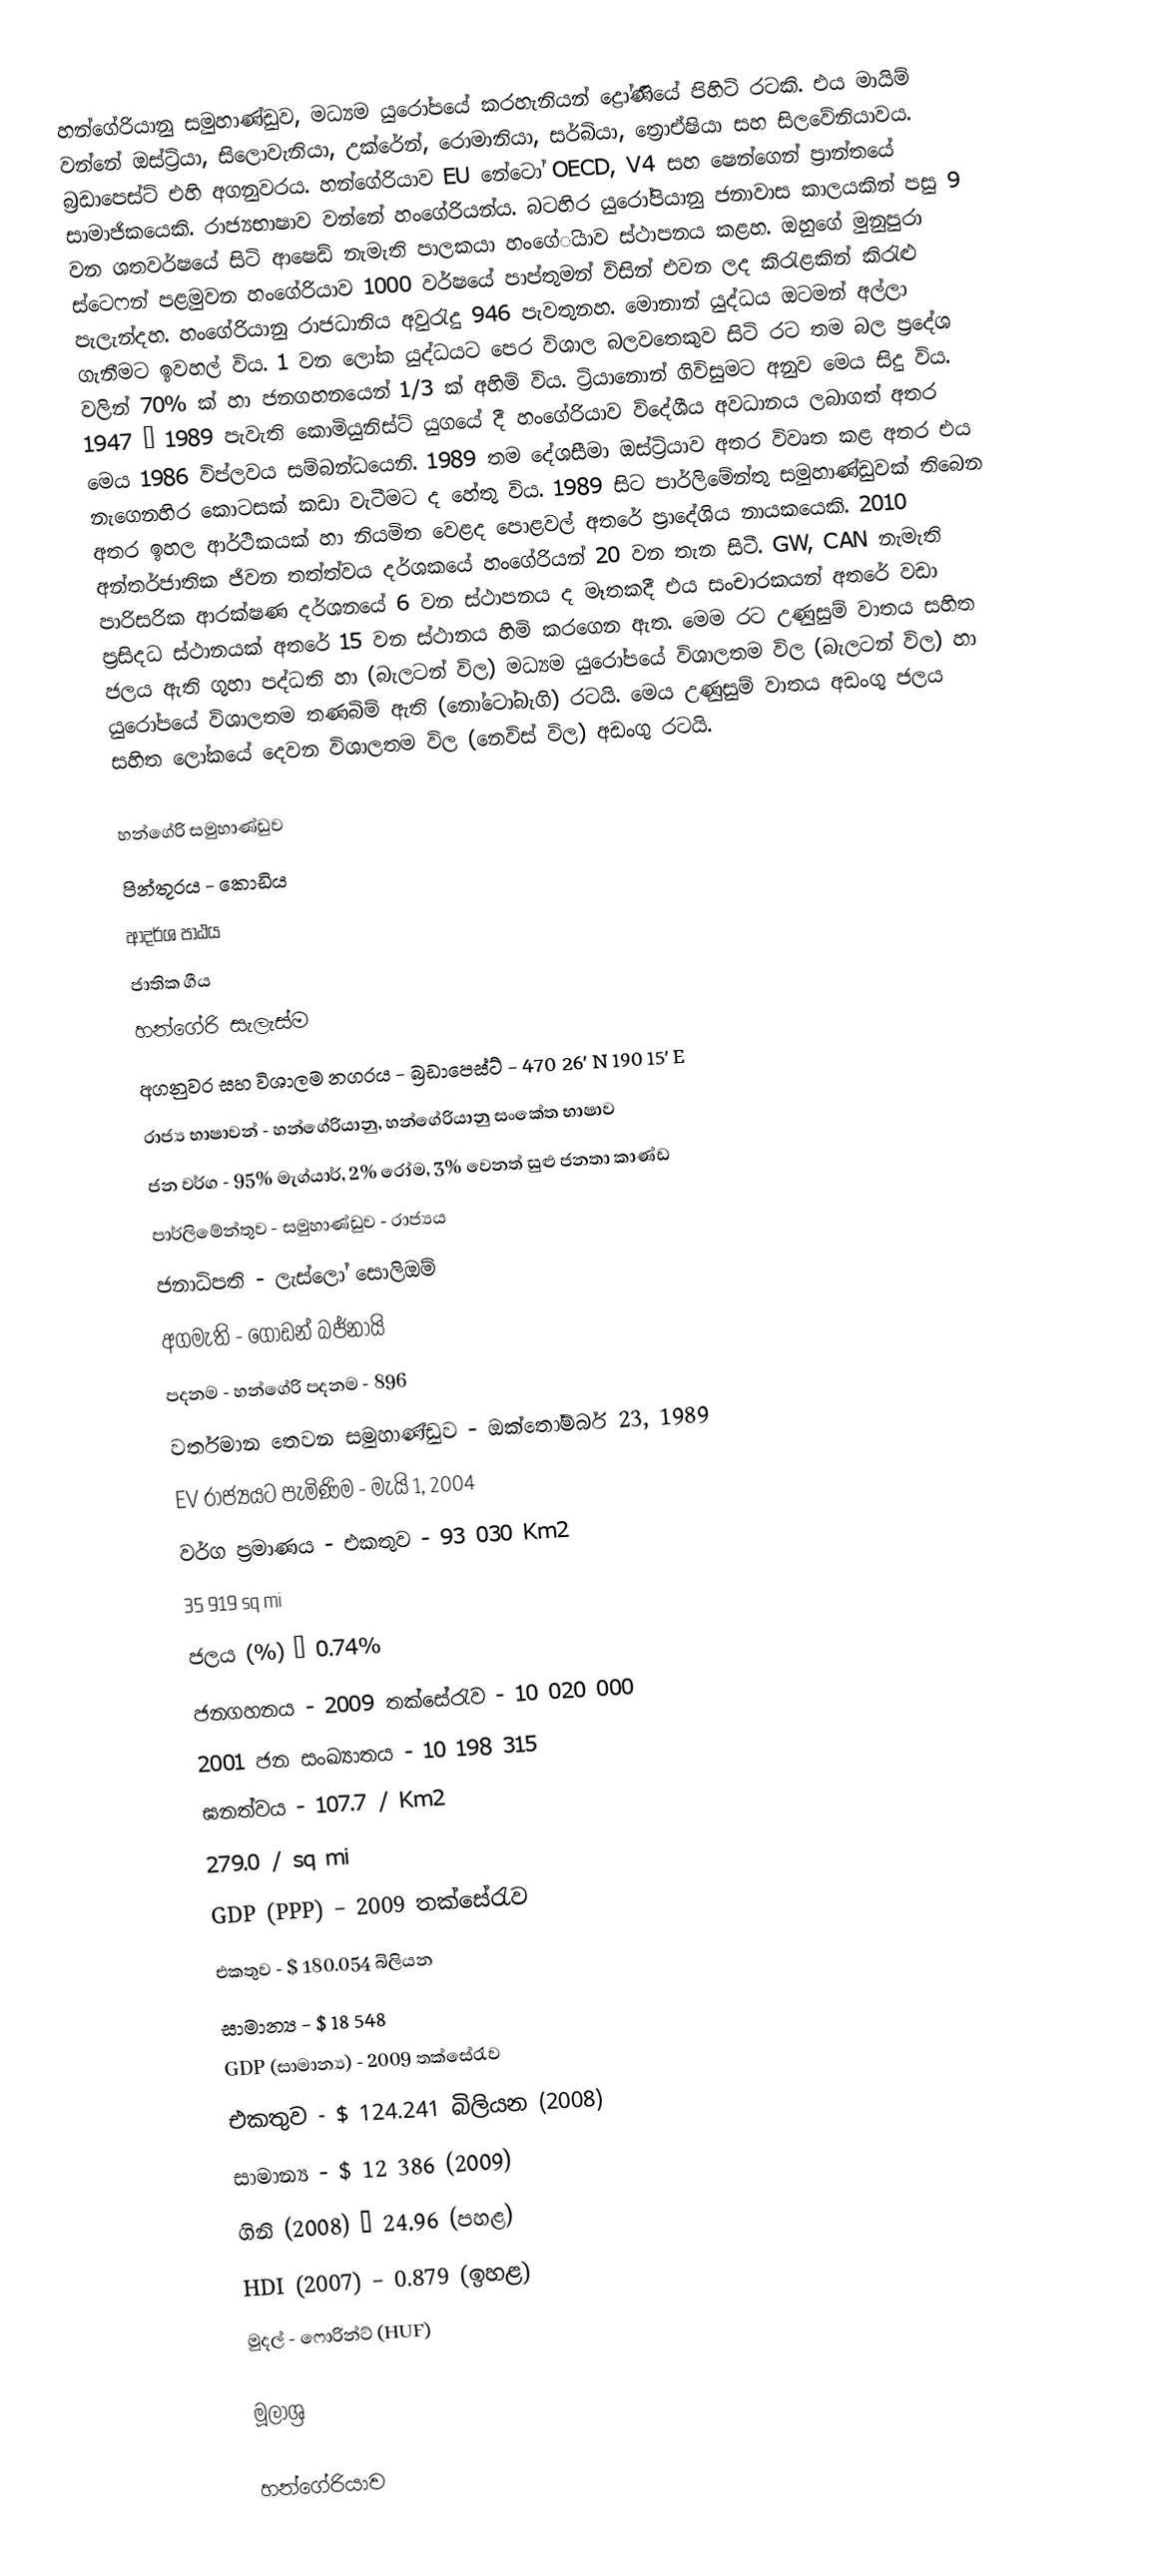
හන්ගේරියානු සමුහාණ්ඩුව, මධ්‍යම යු‍රෝපයේ කරහැනියන් ද්‍රෝණියේ පිහිටි රටකි. එය මායිම් වන්නේ ඔස්ට්‍රියා, සිලොවැනියා, උක්රේන්, රොමානියා, සර්බියා, ත්‍රොඒෂියා සහ සිලවේනියාවය. බ්‍රඩාපෙස්ට් එහි අගනුවරය. හන්ගේරියාව EU නේටෝ OECD, V4 සහ ෂෙන්ගෙන් ප්‍රාන්තයේ සාමාජිකයෙකි. රාජ්‍යභාෂාව වන්නේ හංගේරියන්ය. බටහිර යුරෝපියානු ජනාවාස කාලයකින් පසු 9 වන ශතවර්ෂයේ සිටි ආෂෙඩ් නැමැති පාලකයා හංගේියාව ස්ථාපනය කළහ. ඔහුගේ මුනුපුරා ස්ටෙෆන් පළමුවන හංගේරියාව 1000 වර්ෂයේ පාප්තුමන් විසින් එවන ලද කිරැළකින් කිරැළු පැලැන්දහ. හංගේරියානු රාජධානිය අවුරැදු 946 පැවතුනහ. මොනාන් යුද්ධය ඔටමන් අල්ලා ගැනීමට ඉවහල් විය. 1 වන ලෝක යුද්ධයට පෙර විශාල බලවතෙකුව සිටි රට තම බල ප්‍රදේශ වලින් 70% ක් හා ජනගහනයෙන් 1/3 ක් අහිමි විය. ට්‍රියානොන් ගිවිසුමට අනුව මෙය සිදු විය. 1947 – 1989 පැවැති කොමියුනිස්ට් යුගයේ දී හංගේරියාව විදේශීය අවධානය ‍ලබාගත් අතර මෙය 1986 විප්ලවය සම්බන්ධයෙනි. 1989 තම දේශසීමා ඔස්ට්‍රියාව අතර විවෘත කළ අතර එය නැගෙනහිර කොටසක් කඩා වැටීමට ද හේතු විය. 1989 සිට පාර්ලිමේන්තු සමුහාණ්ඩුවක් තිබෙන අතර ඉහල ආර්ථිකයක් හා නියමිත වෙළද පොළවල් අතරේ ප්‍රාදේශිය නාය‍කයෙකි. 2010 අන්තර්ජාතික ජිවන තත්ත්වය දර්ශකයේ හංගේරියන් 20 වන තැන සිටී. GW, CAN නැමැති පාරිසරික ආරක්ෂණ දර්ශනයේ 6 වන ස්ථාපනය ද මෑතකදී එය සංචාරකයන් අතරේ වඩා ප්‍රසිදධ ස්ථානයක් අතරේ 15 වන ස්ථානය හිමි කරගෙන ඇත. මෙම රට උණුසුම් වාතය සහිත ජලය ඇති ගුහා පද්ධති හා (බැලටන් විල) මධ්‍යම යුරෝපයේ විශාලතම විල (බැලටන් විල) හා යුරෝපයේ විශාලතම තණබිම් ඇති (නෝටෝබැගි) රටයි. මෙය උණුසුම් වාතය අඩංගු ජලය සහිත ලෝකයේ දෙවන විශාලතම විල (නෙවිස් විල) අඩංගු රටයි.

හන්ගේරි සමුහාණ්ඩුව
පින්තූරය - කොඩිය
ආදර්ශ පාඨය
ජාතික ගීය
හන්ගේරි සැලැස්ම
අගනුවර සහ විශාලම නගරය - බ්‍රඩාපෙස්ට් - 470 26' N 190 15' E
රාජ්‍ය භාෂාවන් - හන්ගේරියානු, හන්ගේරියානු සංකේත භාෂාව
ජන වර්ග - 95% මැග්යාර්, 2% රෝම, 3% වෙනත් සුළු ජනතා කාණ්ඩ
පාර්ලිමේන්තුව - සමුහාණ්ඩුව - රාජ්‍යය
ජනාධිපති - ලැස්ලෝ සොලිඔම්
අගමැති - ගෝඩන් බජ්නායි
පදනම - හන්ගේරි පදනම - 896
වර්තමාන තෙවන සමුහාණ්ඩුව - ඔක්තෝම්බර් 23, 1989
EV රාජ්‍යයට පැමිණිම - මැයි 1, 2004
වර්ග ප්‍රමාණය -	එකතුව	-	93 030 Km2
			35 919 sq mi
ජලය (%) – 0.74%
ජනගහනය - 2009 තක්සේරැව - 10 020 000
2001 ජන සංඛ්‍යාතය - 10 198 315
ඝනත්වය	-	107.7 / Km2
		279.0 / sq mi
GDP (PPP) – 2009 තක්සේරැව
එකතුව - $ 180.054 බිලියන
සාමාන්‍ය - $ 18 548
GDP (සාමාන්‍ය) - 2009 තක්සේරැව
එකතුව - $ 124.241 බිලියන (2008)
සාමාන්‍ය - $ 12 386 (2009)
ගිනි (2008) – 24.96 (පහළ)
HDI (2007) – 0.879 (ඉහළ)
මුදල් - ෆොරින්ට් (HUF)

මූලාශ්‍ර

හන්ගේරියාව